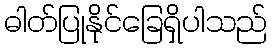
ဓါတ်ပြုနိုင်ခြေရှိပါသည်